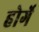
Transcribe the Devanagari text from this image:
होर्गे